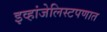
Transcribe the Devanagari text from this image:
इव्हांजेलिस्टपणात